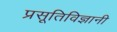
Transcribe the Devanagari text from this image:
प्रसूतिविज्ञानी